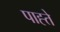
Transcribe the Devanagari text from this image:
पाह्ते